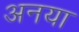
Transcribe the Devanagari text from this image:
अनया